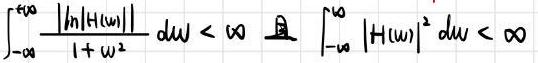
\[ \int_{-\infty}^{+\infty} \frac{|\ln|H(\omega)||}{1 + \omega^2} d\omega < \infty \quad \text{且} \quad \int_{-\infty}^{+\infty} |H(\omega)|^2 d\omega < \infty \]